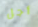
أجل